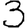
Digit: 3